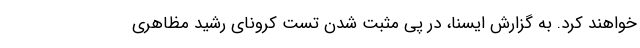
خواهند کرد. به گزارش ایسنا، در پی مثبت شدن تست کرونای رشید مظاهری